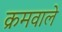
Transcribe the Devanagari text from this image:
क्रमवाले